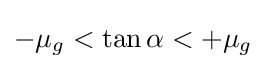
-\mu _{g}<\tan \alpha <+\mu _{g}